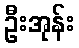
ဦးအုန်း